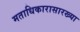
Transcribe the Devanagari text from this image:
मताधिकारासारख्या